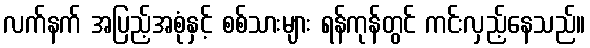
လက်နက် အပြည့်အစုံနှင့် စစ်သားများ ရန်ကုန်တွင် ကင်းလှည့်နေသည်။